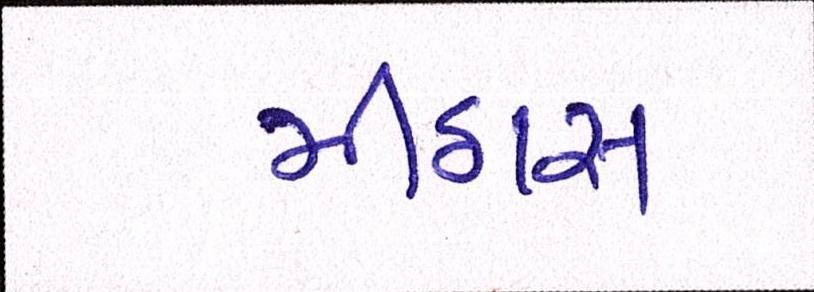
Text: મીઠાસ